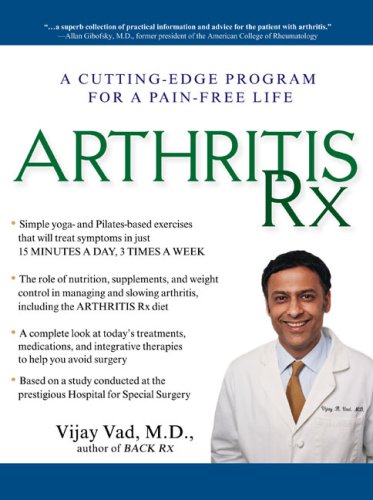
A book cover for Arthritis Rx: A Cutting-Edge Program for a Pain-Free Life; Vijay Vad M.D.; Health, Fitness & Dieting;